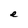
Character: e